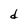
Character: d